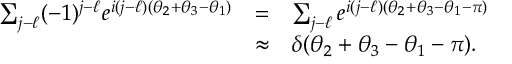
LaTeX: \begin{array} { r c l } { { \sum _ { j - \ell } ( - 1 ) ^ { j - \ell } e ^ { i ( j - \ell ) ( \theta _ { 2 } + \theta _ { 3 } - \theta _ { 1 } ) } } } & { { = } } & { { \sum _ { j - \ell } e ^ { i ( j - \ell ) ( \theta _ { 2 } + \theta _ { 3 } - \theta _ { 1 } - \pi ) } } } \\ { { } } & { { \approx } } & { { \delta ( \theta _ { 2 } + \theta _ { 3 } - \theta _ { 1 } - \pi ) . } } \end{array}